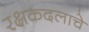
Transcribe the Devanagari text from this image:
रक्षकदलाचे